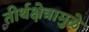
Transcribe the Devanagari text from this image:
तीर्थक्षेत्रामुळे